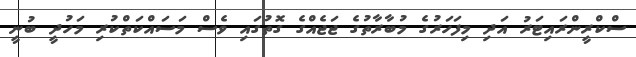
ސްކްރީންރައިޓަރު އަދި މިފަހަރުގެ މުބާރާތުގެ ޖަޖެއްގެ ގޮތުގައި ވެސް މަސައްކަތްކުރި މަހުދީ ބުނީ